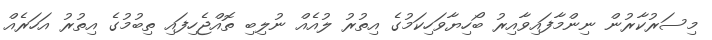
މިސަރުކާރުން ނިންމާފައިވާއިރު ބޯހިޔާވަހިކަމުގެ އިތުރު ލުއެއް ނުލިބި ތޮއްޖެހިފައި ތިބުމުގެ އިތުރު އަހަރެއް